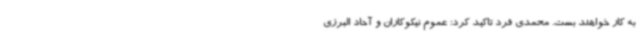
به کار خواهند بست. محمدی فرد تاکید کرد: عموم نیکوکاران و آحاد البرزی‌